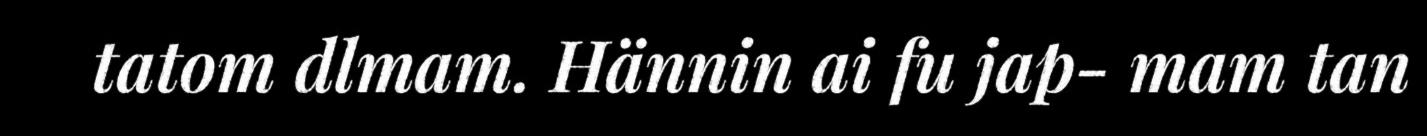
tatom dlmam. Hännin ai fu jap- mam tan